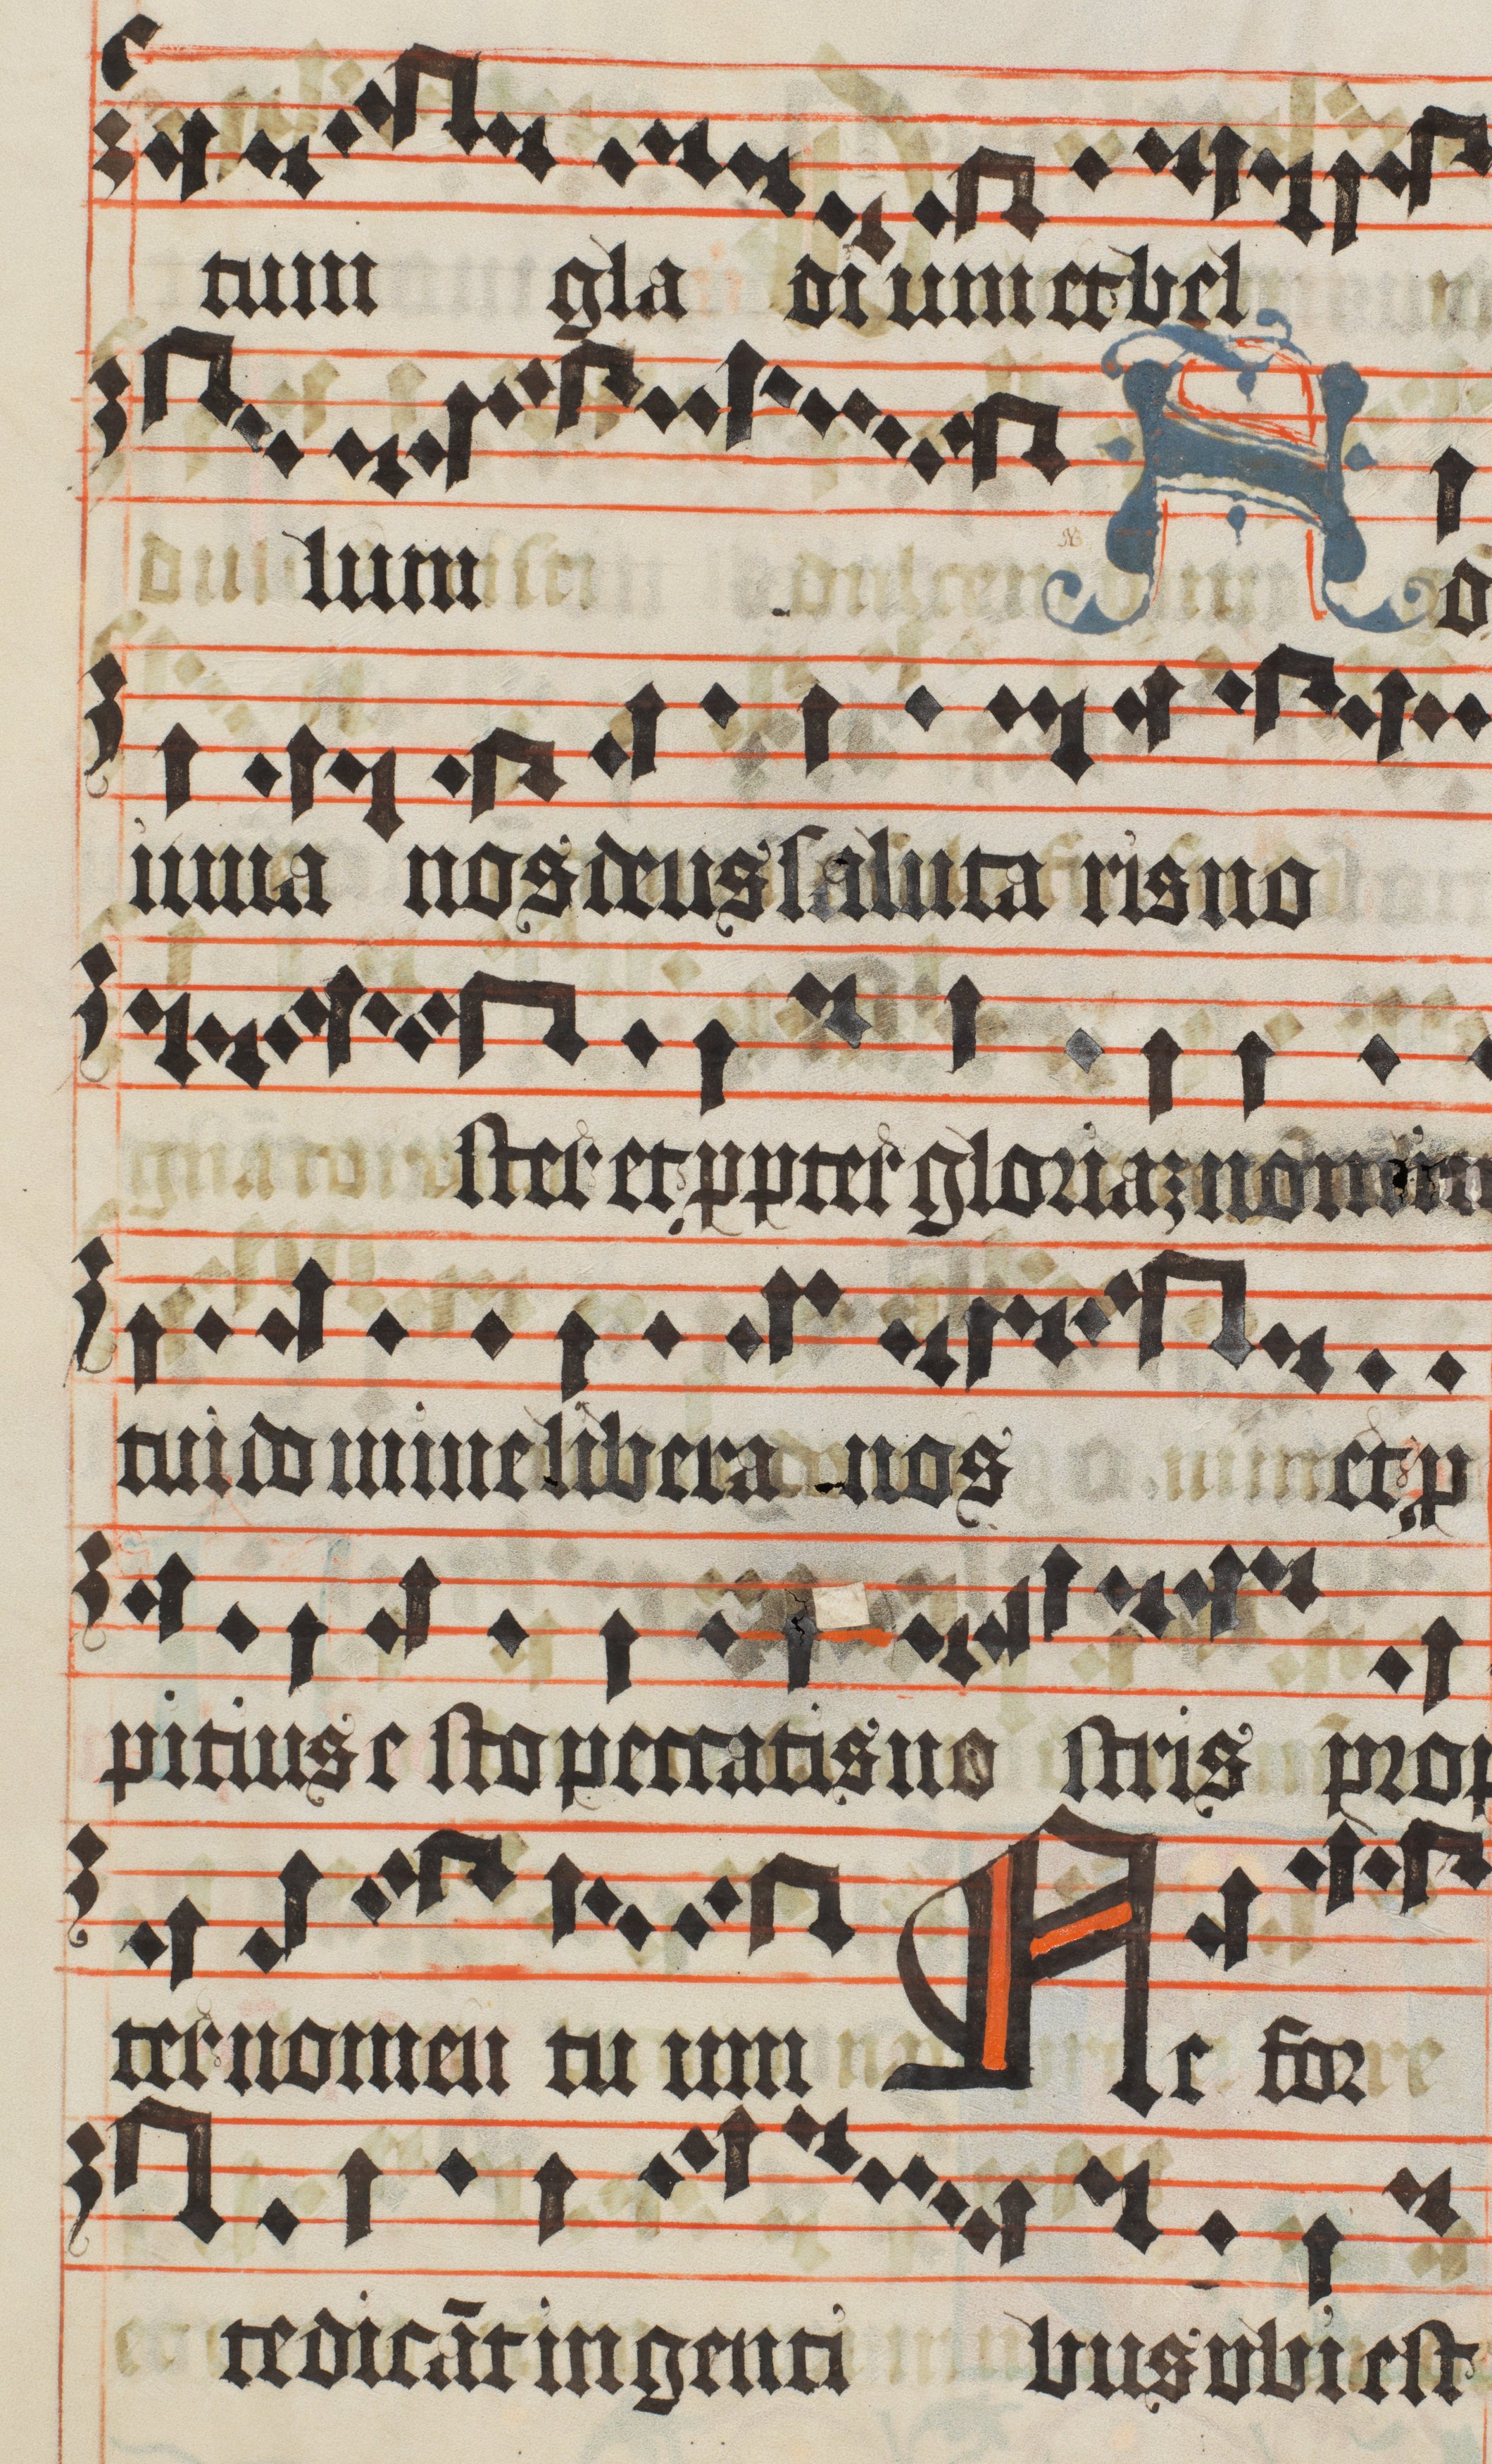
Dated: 1450–1599